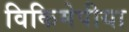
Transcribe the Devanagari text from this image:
विकिमेपीया